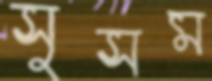
সুসম